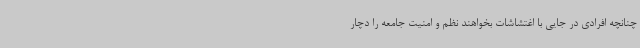
چنانچه افرادی در جایی با اغتشاشات بخواهند نظم و امنیت جامعه را دچار